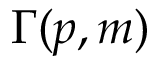
\Gamma ( p , m )